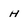
Character: H